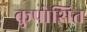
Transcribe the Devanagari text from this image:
कुपोशित